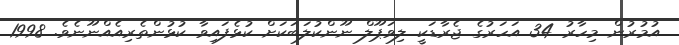
އުމުރުން މިހާރު 34 އަހަރުގެ ޖެރާޑަކީ ލިވަޕޫލް ނޫންކުލަބަކަށް ކުޅެފައިވާ ކުޅުންތެރިއެއްނޫނެވެ. 1998